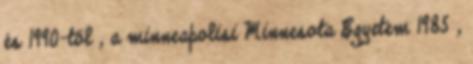
és 1990-től , a minneapolisi Minnesota Egyetem 1985 ,